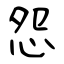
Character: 怨